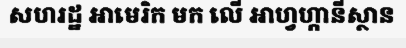
សហរដ្ឋ អាមេរិក មក លើ អាហ្វហ្កានីស្ថាន